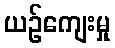
ယဉ်ကျေးမှု